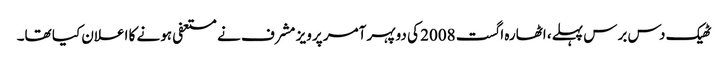
ٹھیک دس برس پہلے، اٹھارہ اگست 2008 کی دوپہر آمر پرویز مشرف نے مستعفی ہونے کا اعلان کیا تھا۔